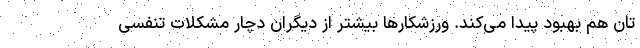
تان هم بهبود پیدا می‌کند. ورزشکار‌ها بیشتر از دیگران دچار مشکلات تنفسی